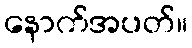
နောက်အပတ်။